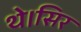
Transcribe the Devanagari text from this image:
थे।सिर